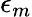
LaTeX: \epsilon_{m}